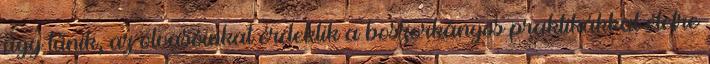
úgy tűnik, az olvasóinkat érdeklik a boszorkányos praktikákkal életre